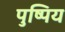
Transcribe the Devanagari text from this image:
पुष्पिय